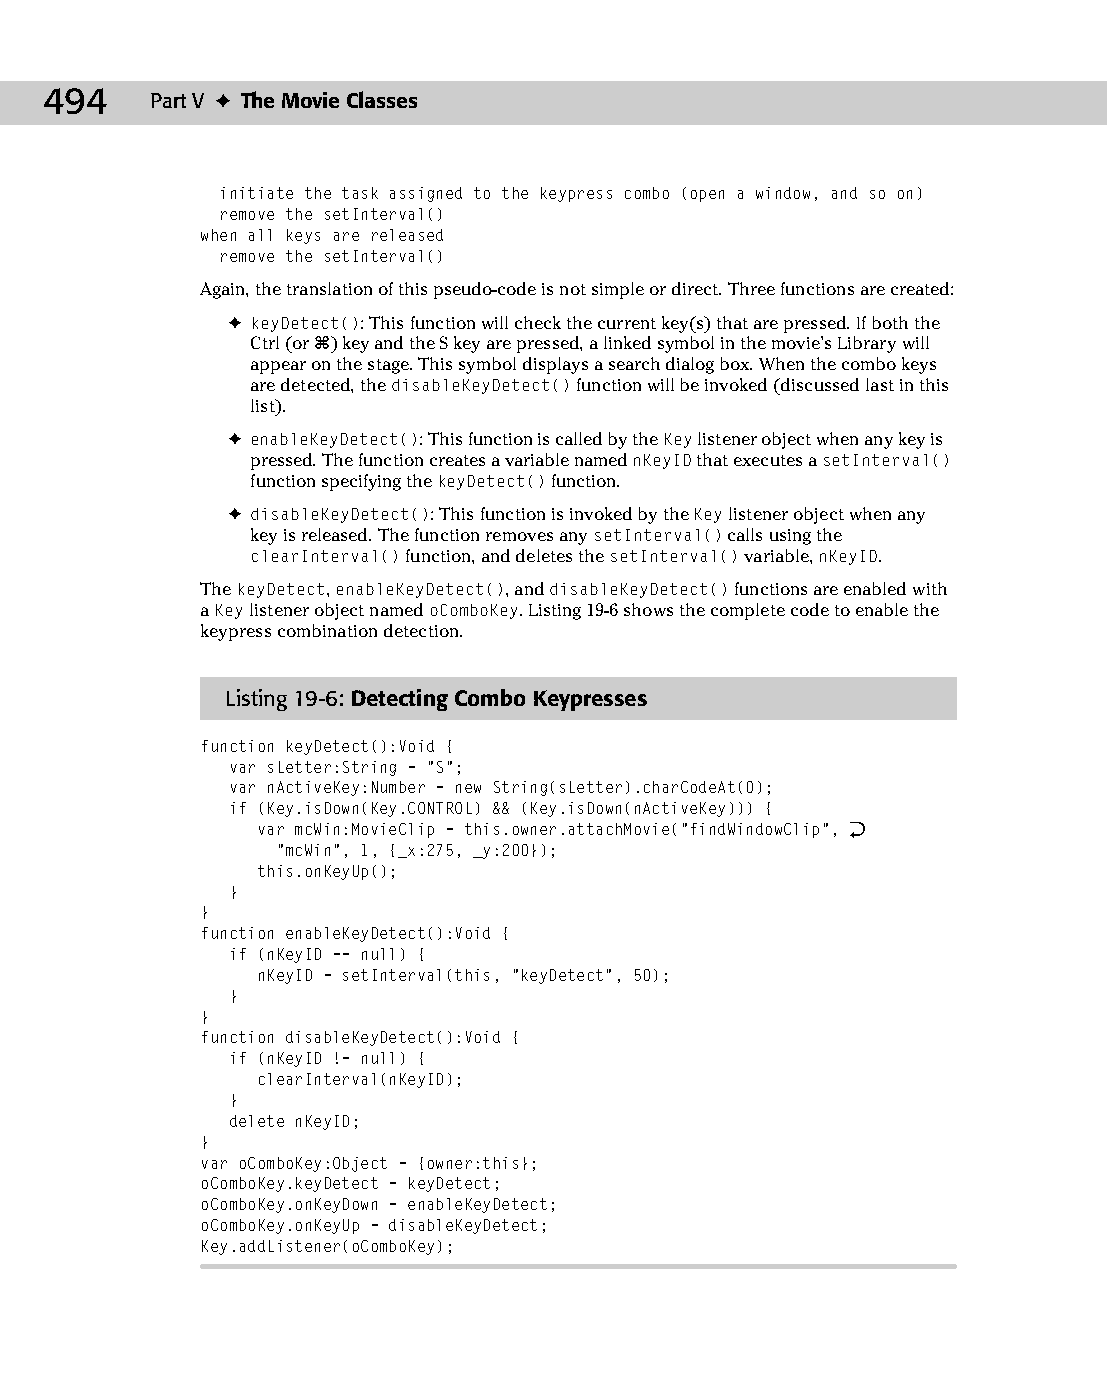
25 543547 ch19.qxd 3/24/04 4:10 PM Page 494
 494    Part V ✦ The Movie Classes
 initiate the task assigned to the keypress combo (open a window, and so on)
 remove the setInterval()
 when all keys are released
 remove the setInterval()
 Again, the translation of this pseudo-code is not simple or direct. Three functions are created:
 ✦ keyDetect(): This function will check the current key(s) that are pressed. If both the
 Ctrl (or Ô) key and the S key are pressed, a linked symbol in the movie’s Library will
 appear on the stage. This symbol displays a search dialog box. When the combo keys
 are detected, the disableKeyDetect() function will be invoked (discussed last in this
 list).
 ✦ enableKeyDetect(): This function is called by the Key listener object when any key is
 pressed. The function creates a variable named nKeyID that executes a setInterval()
 function specifying the keyDetect() function.
 ✦ disableKeyDetect(): This function is invoked by the Key listener object when any
 key is released. The function removes any setInterval() calls using the
 clearInterval() function, and deletes the setInterval() variable, nKeyID.
 The keyDetect, enableKeyDetect(), and disableKeyDetect() functions are enabled with
 a Key listener object named oComboKey. Listing 19-6 shows the complete code to enable the
 keypress combination detection.
 Listing 19-6: Detecting Combo Keypresses
 function keyDetect():Void {
 var sLetter:String = “S”;
 var nActiveKey:Number = new String(sLetter).charCodeAt(0);
 if (Key.isDown(Key.CONTROL) && (Key.isDown(nActiveKey))) {
 var mcWin:MovieClip = this.owner.attachMovie(“findWindowClip”, Æ
 “mcWin”, 1, {_x:275, _y:200});
 this.onKeyUp();
 }
 }
 function enableKeyDetect():Void {
 if (nKeyID == null) {
 nKeyID = setInterval(this, “keyDetect”, 50);
 }
 }
 function disableKeyDetect():Void {
 if (nKeyID != null) {
 clearInterval(nKeyID);
 }
 delete nKeyID;
 }
 var oComboKey:Object = {owner:this};
 oComboKey.keyDetect = keyDetect;
 oComboKey.onKeyDown = enableKeyDetect;
 oComboKey.onKeyUp = disableKeyDetect;
 Key.addListener(oComboKey);